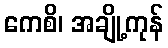
ကေစိ၊ အချို့ကုန်